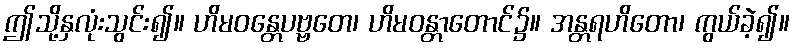
ဤသို့နှလုံးသွင်း၍။ ဟိမဝန္တေပဗ္ဗတေ၊ ဟိမဝန္တာတောင်၌။ အန္တရဟိတော၊ ကွယ်ခဲ့၍။